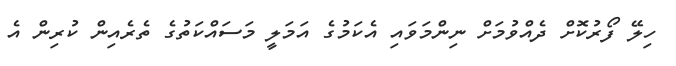
ހިލޭ ފޯރުކޮށް ދެއްވުމަށް ނިންމަވައި އެކަމުގެ އަމަލީ މަސައްކަތުގެ ތެރެއިން ކުރިން އެ